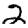
Digit: 2